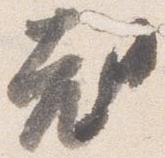
老